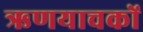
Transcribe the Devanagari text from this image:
ऋणयाचकों